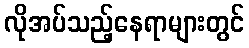
လိုအပ်သည့်နေရာများတွင်